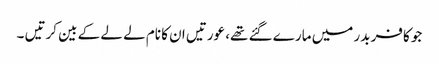
جو کافر بدر میں مارے گئے تھے، عورتیں ان کا نام لے لے کے بین کرتیں ۔